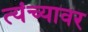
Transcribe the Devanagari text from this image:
त्यंच्यावर